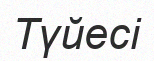
Түйесі